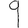
Digit: 9